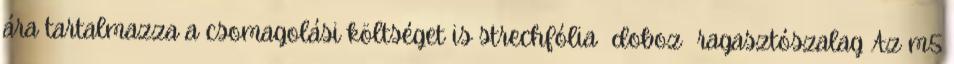
ára tartalmazza a csomagolási költséget is strechfólia doboz ragasztószalag Az m5